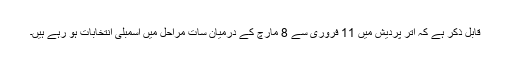
قابل ذکر ہے کہ اتر پردیش میں 11 فروری سے 8 مارچ کے درمیان سات مراحل میں اسمبلی انتخابات ہو رہے ہیں۔